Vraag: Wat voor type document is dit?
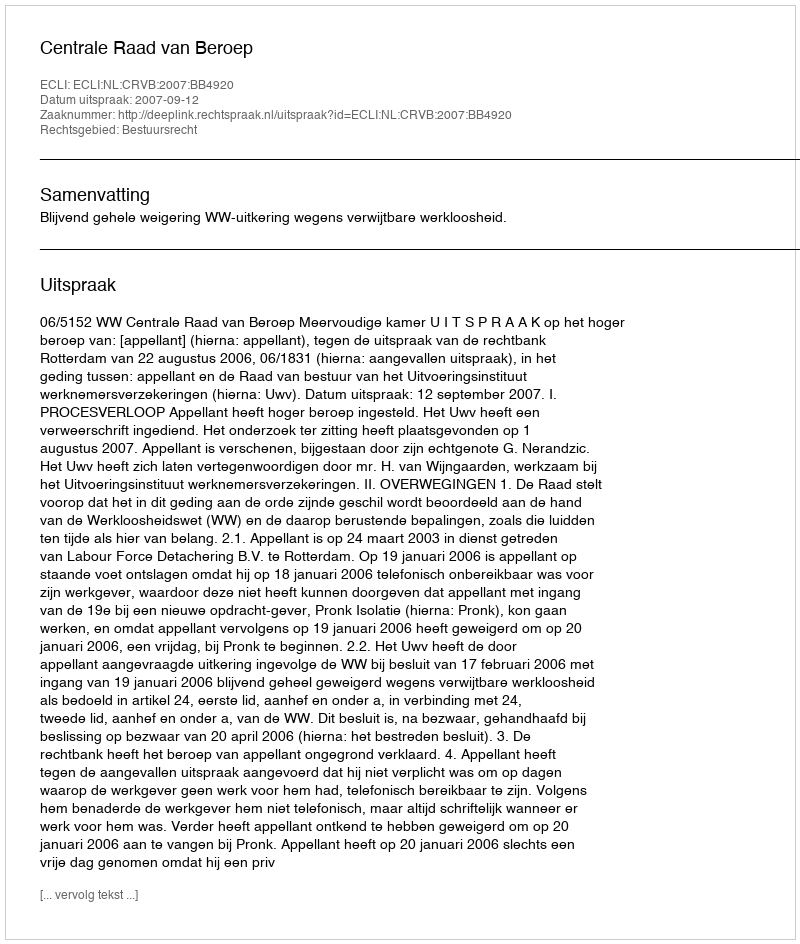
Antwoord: Uitspraak